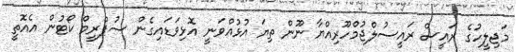
މަޖިލީހުގެ ރައީސް ރައީސުލްޖުމްހޫރިއްޔާ ނޫން ތިޔަ އުޅުއްވަނީ އޮޅިވަޑައިގެން ސުޕްރީމް ކޯޓުން އެއޮތީ